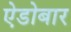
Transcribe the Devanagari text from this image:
ऐडोबार